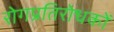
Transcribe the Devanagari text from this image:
रोगप्रतिरोधकों